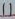
Text: 11